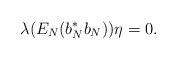
LaTeX: \begin{align*}\lambda(E_N(b_N^*b_N))\eta=0.\end{align*}